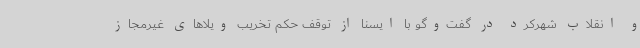
و انقلاب شهرکرد در گفت‌وگو با ایسنا از توقف حکم تخریب ویلاهای غیرمجاز